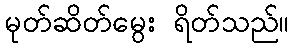
မုတ်ဆိတ်မွေး ရိတ်သည်။